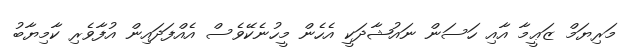
މަރިޔަމް ޒަޢީމާ އާއި ހަސަން ނައުޝާދަކީ އެހެން މީހުނެކޭވެސް އެއްފަދައިން އުފާވެރި ކާމިޔާބު